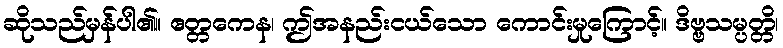
ဆိုသည်မှန်ပါ၏။ ဧတ္တကေန၊ ဤအနည်းငယ်သော ကောင်းမှုကြောင့်။ ဒိဗ္ဗသမ္ပတ္တိ၊